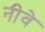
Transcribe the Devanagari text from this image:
नीवे